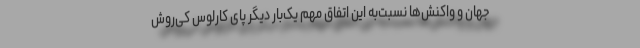
جهان و واکنش‌ها نسبت‌به این اتفاق مهم یک‌بار دیگر پای کارلوس کی‌روش